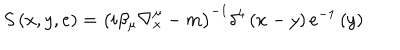
LaTeX: S \left( x , y , e \right) = \left( i \beta _ { \mu } \nabla _ { x } ^ { \mu } - m \right) ^ { - 1 } \delta ^ { 4 } \left( x - y \right) e ^ { - 1 } \left( y \right)